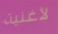
لأغنية